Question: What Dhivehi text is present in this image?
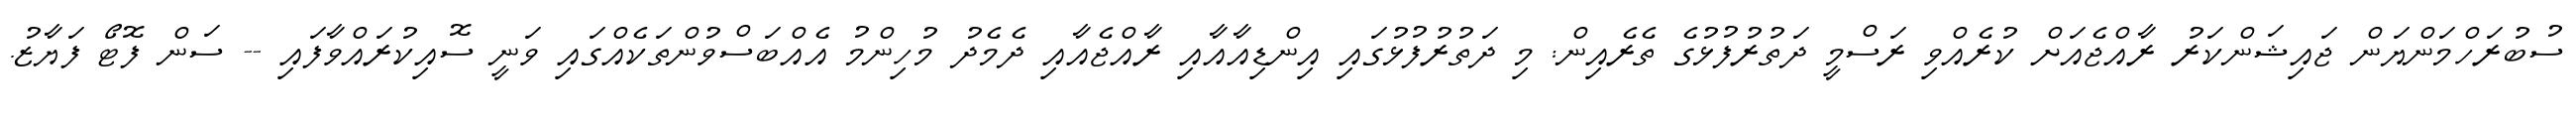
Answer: ސުބުރަހްމަންޔަން ޖައިޝަންކަރު ރާއްޖެއަށް ކުރެއްވި ރަސްމީ ދަތުރުފުޅުގެ ތެރެއިން: މި ދަތުރުފުޅުގައި އިންޑިއާއާއި ރާއްޖެއާއި ދެމެދު މުހިންމު އެއްބަސްވުންތަކެއްގައި ވަނީ ސޮއިކުރައްވާފައި -- ސަން ފޮޓޯ ފަޔާޒު.